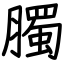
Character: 臅